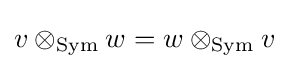
v\otimes _{\mathrm {Sym} }w=w\otimes _{\mathrm {Sym} }v